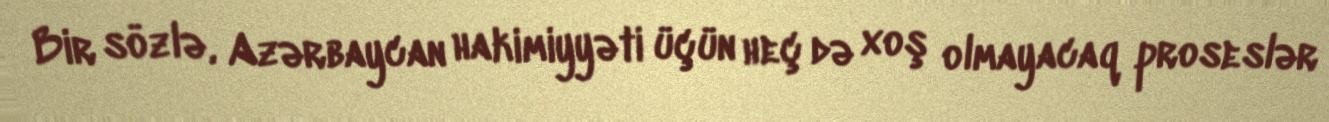
Bir sözlə, Azərbaycan hakimiyyəti üçün heç də xoş olmayacaq proseslər